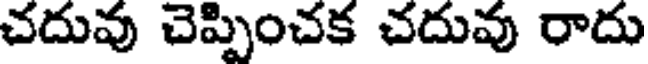
చదువు చెప్పించక చదువు రాదు